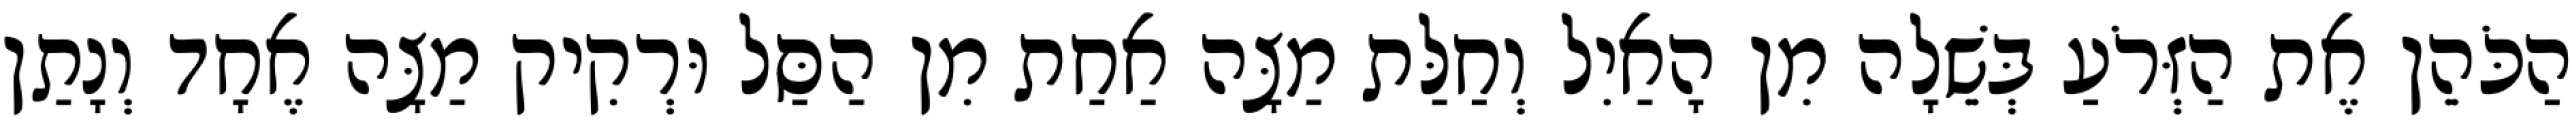
הַכֹּהֵן אֶת הַזְּרֹעַ בְּשֵׁלָה מִן הָאַיִל וְחַלַּת מַצָּה אַחַת מִן הַסַּל וּרְקִיק מַצָּה אֶחָד וְנָתַן